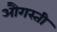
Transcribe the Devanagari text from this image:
औगस्ती